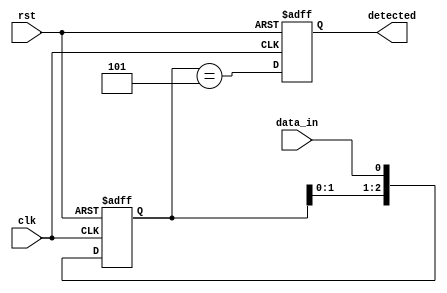
module pattern_detector (
    input wire clk,          // Clock signal
    input wire rst,          // Reset signal
    input wire data_in,      // Input signal to monitor
    output reg detected      // Output signal indicating pattern detection
);

    // Parameter for the pattern to detect and its length
    parameter PATTERN = 3'b101; // Example pattern to detect
    parameter PATTERN_LENGTH = 3; // Length of the pattern

    // Flip-flops to hold the state of the input signal
    reg [PATTERN_LENGTH-1:0] shift_reg;

    // Always block to handle the clock and reset
    always @(posedge clk or posedge rst) begin
        if (rst) begin
            shift_reg <= 0; // Reset shift register
            detected <= 0;  // Reset detected signal
        end else begin
            // Shift the input data into the shift register
            shift_reg <= {shift_reg[PATTERN_LENGTH-2:0], data_in};
            // Check for pattern match
            detected <= (shift_reg == PATTERN);
        end
    end

endmodule